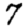
Digit: 7